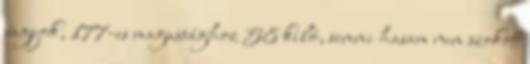
vagyok, 177-es magassághoz 58 kiló, semmi hasam nem szokott